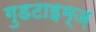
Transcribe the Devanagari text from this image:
गुडटाइम्ज़